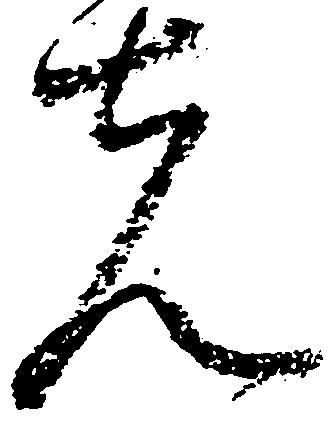
先